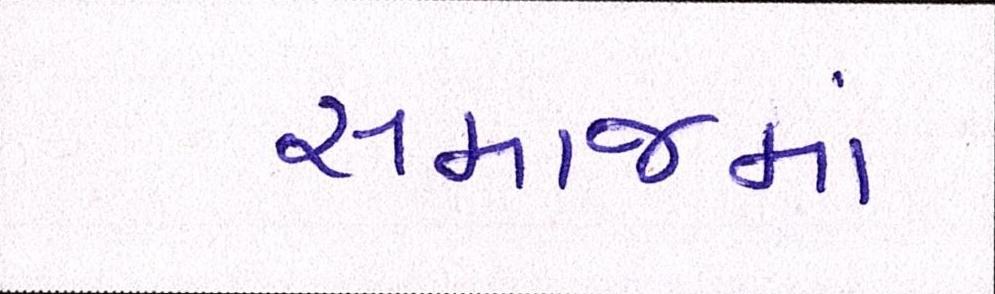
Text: સમાજમાં